Report on vaccination in Madras 1904-1921 - 1904-1921
Year: 1904
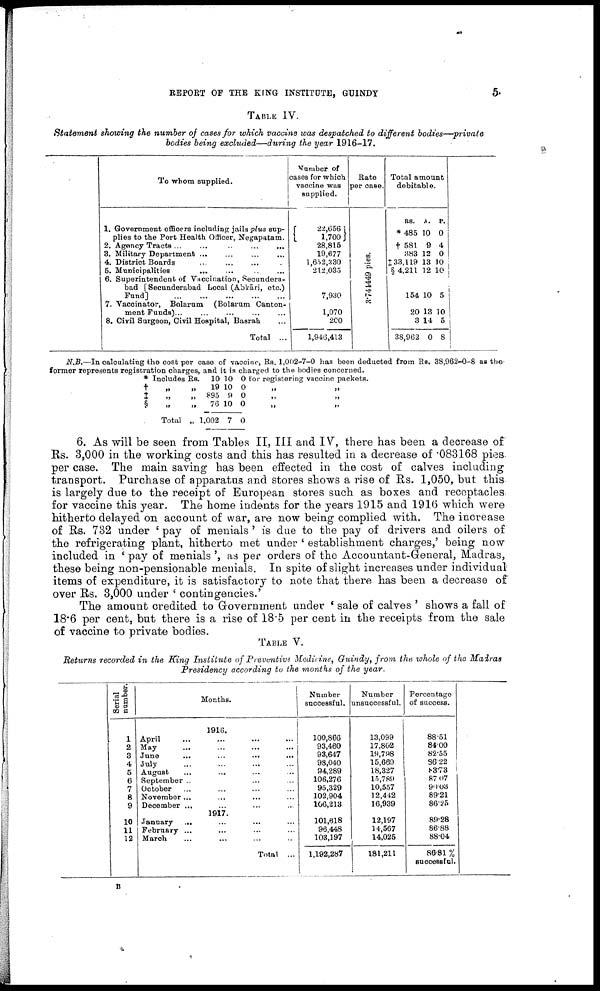
REPORT OF THE KING INSTITUTE, GUINDY
5
TABLE IV.
Statement showing the number of cases for which vaccine was despatched to different bodies—-private
bodies being excluded—during the year 1916-17.
To whom supplied.
1. Government officers including jails plus sup
plies to the Port Health Officer, Negapatam.
2. Agency Tracts
... ... ...
...
...
3. Military Department ...
...
...
...
4. District Boards
...
...
...
...
5. Municipalities ... ... ... ...
6. Superintendent of Vaccination, Secundera-
bad [Secunderabad Local (Abkāri, etc.)
Fund]
...
...
...
...
...
7. Vaccinator, Bolarum (Bolarum Canton
ment Funds) ... ... ... ... ... ...
8. Civil Surgeon, Civil Hospital, Basrah ...
Total ...
Number of
cases for which
vaccine was
supplied.
22,656
1,700
28,815
19,677
1,652,330
212,035
7,930
1,070
200
1,946,413
Rate
per case.
3.744449 pies.
Total amount
debitable.
RS.
*485
† 581
383
‡ 33,119
§ 4,211
154
20
3
38,962
A.
10
9
12
13
12
10
13
14
0
P.
0
4
0
10
10
5
10
5
8
N.B.—In calculating the cost per case of vaccine, Rs. 1,002-7-0 has been deducted from Rs. 38,962-0-8 as the
former represents registration charges, and it in charged to the bodies concerned.
* Includes Rs.
†
„
„
‡
„
„
§
„
„
Total „
10
19
895
76
1,002
10
10
9
10
7
0
0
0
0
0
for registering vaccine packets.
„
„
„ „
„
„
6. As will be seen from Tables II, III and IV, there has been a decrease of
Rs. 3,000 in the working costs and this has resulted in a decrease of .083168 pies
per case. The main saving has been effected in the cost of calves including
transport. Purchase of apparatus and stores shows a rise of Rs. 1,050, but this
is largely due to the receipt of European stores such as boxes and receptacles
for vaccine this year. The home indents for the years 1915 and 1916 which were
hitherto delayed on account of war, are now being complied with. The increase
of Rs. 732 under ' pay of menials ' is due to the pay of drivers and oiler3 of
the refrigerating plant, hitherto met under ' establishment charges,' being now
included in ' pay of menials', as per orders of the Accountant-General, Madras,
these being non-pensionable menials. In spite of slight increases under individual
items of expenditure, it is satisfactory to note that there has been a decrease of
over Rs. 3,000 under ' contingencies.'
The amount credited to Government under ' sale of calves ' shows a fall of
18.6 per cent, but there is a rise of 18.5 per cent in the receipts from the sale
of vaccine to private bodies.
Table V.
Returns recorded in the King Institute of Preventive Medicine, Guindy, from the whole of the Madras
Presidency according to the months of the year.
Serial
number
1
2
3
4
5
6
7
8
9
10
11
12
Months.
1916.
April ... ... ... ...
May ... ... ... ...
June
...
...
...
...
July ... ... ... ...
August ... ... ... ...
September ... ... ... ...
October ... ... ... ...
November ... ... ... ...
December ... ... ... ...
1917.
January
... ... ... ...
February ... ... ... ...
March ... ... ... ...
Total ...
Number
successful.
100,866
93,460
93,647
98,040
94,289
106,276
95,329
102,904
106,213
101,618
96,448
103,197
1,192,287
Number
unsuccessful.
13,099
17,802
19,798
15,669
18,327
15,789
10,557
12,442
16,939
12,197
14,567
14,025
181,211
Percentage
of success.
88.51
84.00
82.55
86.22
83.73
87.07
90.03
89.21
86.25
89.28
86.88
88.04
86.81%
successful.
B